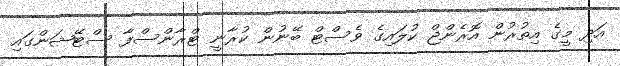
އަދި މީގެ އިތުރުން އޮރެންޖް ކުލައިގެ ވެސްޓް ބޭނުން ކުރާނީ ޓްރާންސްފާ ސްޓޭޝަންގައި